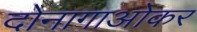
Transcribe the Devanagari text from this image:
दोनागाओकर